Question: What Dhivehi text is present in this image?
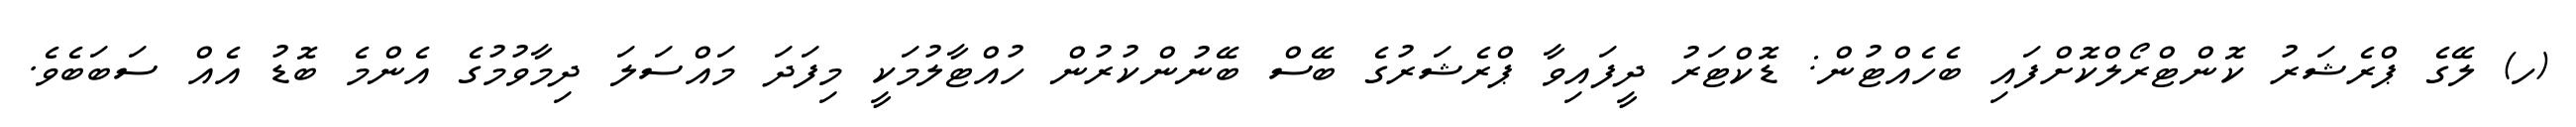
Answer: (ހ) ލޭގެ ޕްރެޝަރު ކޮންޓްރޯލްކޮށްފައި ބެހެއްޓުން: ޑޮކްޓަރު ދީފައިވާ ޕްރެޝަރުގެ ބޭސް ބޭނުންކުރުން ހުއްޓާލުމަކީ މިފަދަ މައްސަލަ ދިމާވުމުގެ އެންމެ ބޮޑު އެއް ސަބަބެވެ.